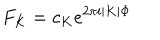
{ F _ { K } = c _ { K } e ^ { 2 \pi i | K | \Phi } }